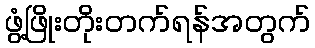
ဖွံ့ဖြိုးတိုးတက်ရန်အတွက်